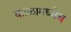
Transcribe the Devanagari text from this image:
काळामध्येच